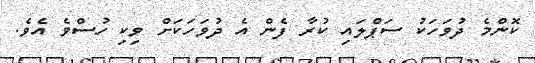
ކޮންމެ ދުވަހަކު ސަޕްލައި ކުރާ ފެން އެ ދުވަހަކަށް ވިކި ހުސްވެ އެވެ.